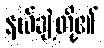
နယ်ချဲ့တို့၏